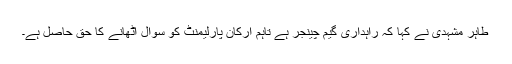
طاہر مشہدی نے کہا کہ راہداری گیم چینجر ہے تاہم ارکان پارلیمنٹ کو سوال اٹھانے کا حق حاصل ہے۔